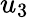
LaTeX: u_{3}